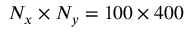
N _ { x } \times N _ { y } = 1 0 0 \times 4 0 0